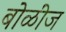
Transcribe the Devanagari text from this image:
बोळींज